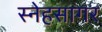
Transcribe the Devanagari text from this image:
स्नेहसागर